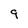
Character: q